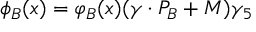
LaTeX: \phi _ { B } ( x ) = \varphi _ { B } ( x ) ( \gamma \cdot P _ { B } + M ) \gamma _ { 5 }